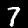
Digit: 7